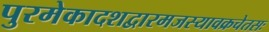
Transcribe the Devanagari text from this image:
पुरमेकादशद्वारमजस्यावक्रचेतसः